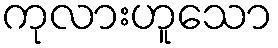
ကုလားဟူသော